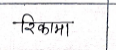
मजकूर: रिकामा